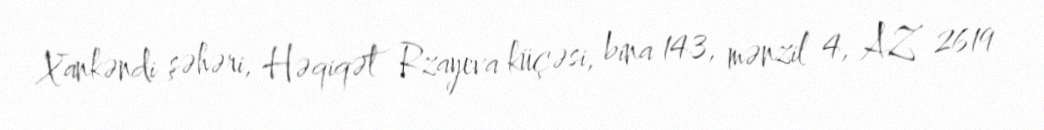
Xankəndi şəhəri, Həqiqət Rzayeva küçəsi, bina 143, mənzil 4, AZ 2619